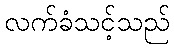
လက်ခံသင့်သည်